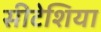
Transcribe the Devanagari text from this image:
सीटेशिया